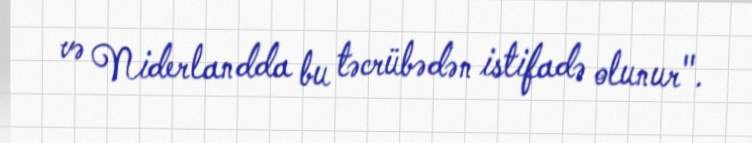
və Niderlandda bu təcrübədən istifadə olunur".